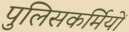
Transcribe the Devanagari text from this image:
पुलिसकर्मियों